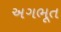
અગભૂત